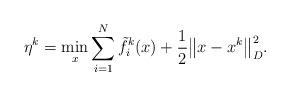
LaTeX: \begin{align*}\eta^k =\min_x \sum_{i=1}^N\tilde{f}^{k}_i(x) + \frac{1}{2}\big\|x-x^k\big\|_D^2.\end{align*}